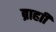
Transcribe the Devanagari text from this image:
ब्राहाी